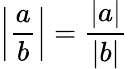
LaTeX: \left|{\frac{a}{b}}\right|={\frac{|a|}{|b|}}